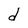
Character: d